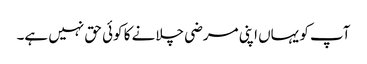
آپ کو یہاں اپنی مرضی چلانے کا کوئی حق نہیں ہے۔